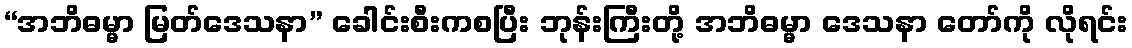
“အဘိဓမ္မာ မြတ်ဒေသနာ” ခေါင်းစီးကစပြီး ဘုန်းကြီးတို့ အဘိဓမ္မာ ဒေသနာ တော်ကို လိုရင်း